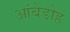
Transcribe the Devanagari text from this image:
आंबेडोह